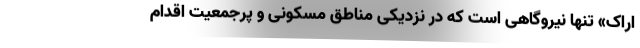
اراک» تنها نیروگاهی است که در نزدیکی مناطق مسکونی و پرجمعیت اقدام